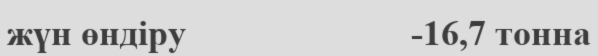
жүн өндіру                         -16,7 тонна